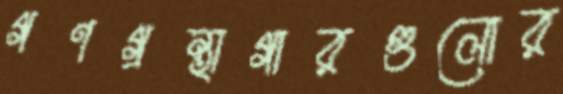
গণগ্রন্থাগারগুলোর